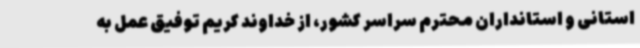
استانی و استانداران محترم سراسر کشور، از خداوند کریم توفیق عمل به